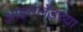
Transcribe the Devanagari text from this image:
आइसलँडच्या